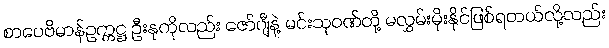
စာပေဗိမာန်ဥက္ကဋ္ဌ ဦးနုကိုလည်း ဇော်ဂျီနဲ့ မင်းသုဝဏ်တို့ မလွှမ်းမိုးနိုင်ဖြစ်ရတယ်လို့လည်း